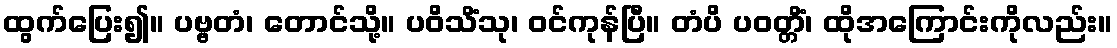
ထွက်ပြေး၍။ ပဗ္ဗတံ၊ တောင်သို့။ ပဝိသိံသု၊ ဝင်ကုန်ပြီ။ တံပိ ပဝတ္တိံ၊ ထိုအကြောင်းကိုလည်း။